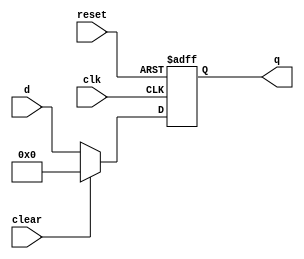
module floprc#(parameter M=8)(input clk,input reset,input clear,
										input [M-1:0]d,output reg [M-1:0] q);
	always @(posedge clk,posedge reset)
	begin
		if(reset)		q <=  0;
		else if(clear) q <=  0;
		else 				q <=  d;
	end
endmodule

module floprc_tb;

	parameter M=8;
	reg clk,reset,clear;
	reg [M-1:0]d;
	wire [M-1:0]q;
	
	floprc #(M)DUT(.clk(clk),.reset(reset),.clear(clear),.d(d),.q(q));
	
	initial begin
		d = 0;
	end
	
	initial begin
		clk = 1;#1;
		clk = 0;#1;
	end
	
	initial
	begin
		d = 80;
		$display("d:%d q:%d",d,q);
	end

endmodule